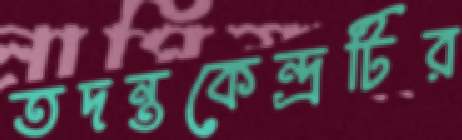
তদন্তকেন্দ্রটির